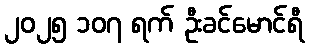
၂၀၂၅ ၁၀၇ ရက် ဦးခင်မောင်ရီ